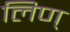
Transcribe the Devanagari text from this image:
लिण्